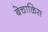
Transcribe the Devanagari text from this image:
बेचाळिस